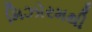
મિઝોરમથી